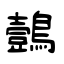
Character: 鷧